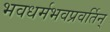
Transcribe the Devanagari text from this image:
भवधर्मभवप्रवर्तिन्